Leaving Certificate Examination (including Day School Certificate (Higher) General paper), 1937
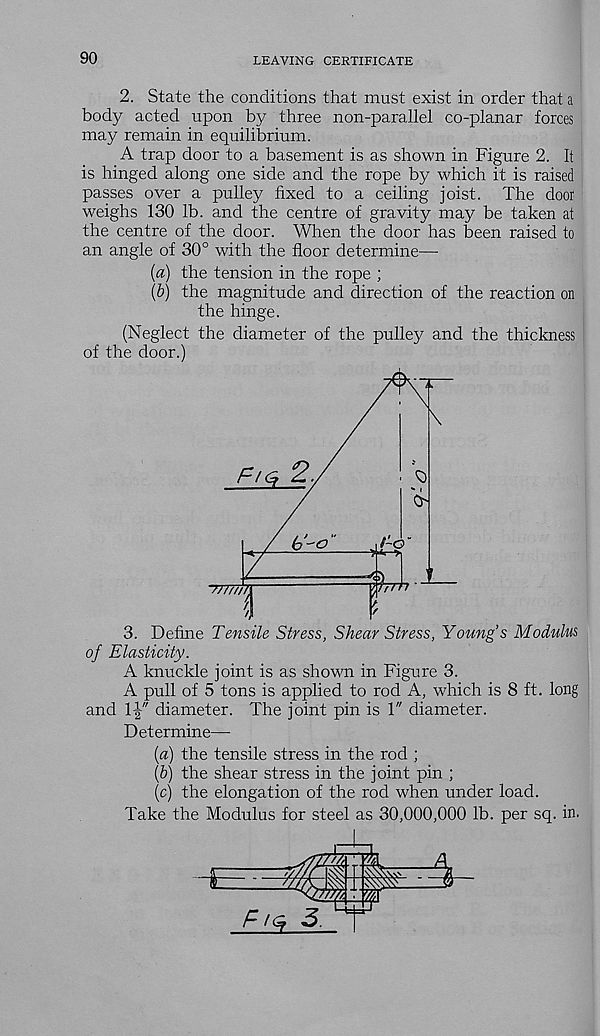
90
LEAVING CERTIFICATE
2. State the conditions that must exist in order that a
body acted upon by three non-parallel co-planar forces
may remain in equilibrium.
A trap door to a basement is as shown in Figure 2. It
is hinged along one side and the rope by which it is raised
passes over a pulley fixed to a ceiling joist. The door
weighs 130 lb. and the centre of gravity may be taken at
the centre of the door. When the door has been raised to
an angle of 30° with the floor determine—
(a) the tension in the rope ;
{b) the magnitude and direction of the reaction on
the hinge.
(Neglect the diameter of the pulley and the thickness
of the door.)
3. Define Tensile Stress, Shear Stress, Young’s Modulus
of Elasticity.
A knuckle joint is as shown in Figure 3.
A pull of 5 tons is applied to rod A, which is 8 ft. long
and lj" diameter. The joint pin is 1" diameter.
Determine—
(a) the tensile stress in the rod ;
(b) the shear stress in the joint pin ;
(c) the elongation of the rod when under load.
Take the Modulus for steel as 30,000,000 lb. per sq. in.